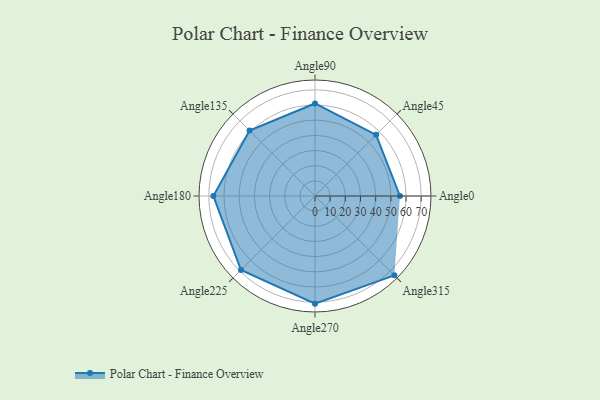
{"axis": {"x": "Angle", "y": "Radius"}, "legend": [""], "data": [{"x": "Angle0", "y": 56.0, "type": ""}, {"x": "Angle45", "y": 57.0, "type": ""}, {"x": "Angle90", "y": 61.0, "type": ""}, {"x": "Angle135", "y": 61.0, "type": ""}, {"x": "Angle180", "y": 67.0, "type": ""}, {"x": "Angle225", "y": 69.0, "type": ""}, {"x": "Angle270", "y": 71.0, "type": ""}, {"x": "Angle315", "y": 74.0, "type": ""}]}